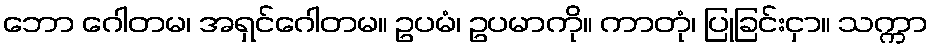
ဘော ဂေါတမ၊ အရှင်ဂေါတမ။ ဥပမံ၊ ဥပမာကို။ ကာတုံ၊ ပြုခြင်းငှာ။ သက္ကာ